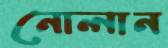
নোলান